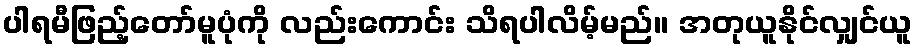
ပါရမီဖြည့်တော်မူပုံကို လည်းကောင်း သိရပါလိမ့်မည်။ အတုယူနိုင်လျှင်ယူ